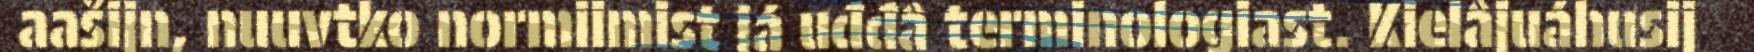
aašijn, nuuvtko normiimist já uđđâ terminologiast. Kielâjuáhusij